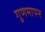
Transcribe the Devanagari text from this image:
गुणमापन